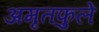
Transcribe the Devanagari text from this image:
अमृतफुले